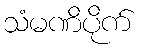
သံမဏိပိုက်